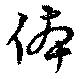
体